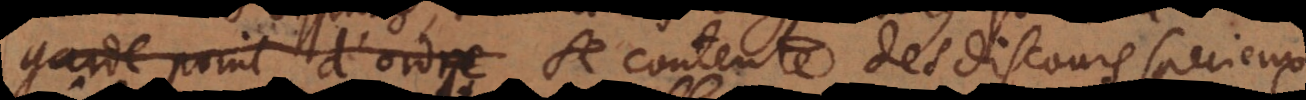
garde point d’ordre se contente des discours specieux,